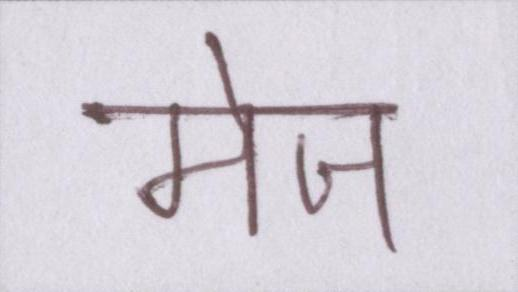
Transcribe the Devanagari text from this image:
मेज